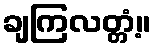
ချကြလတ္တံ့။